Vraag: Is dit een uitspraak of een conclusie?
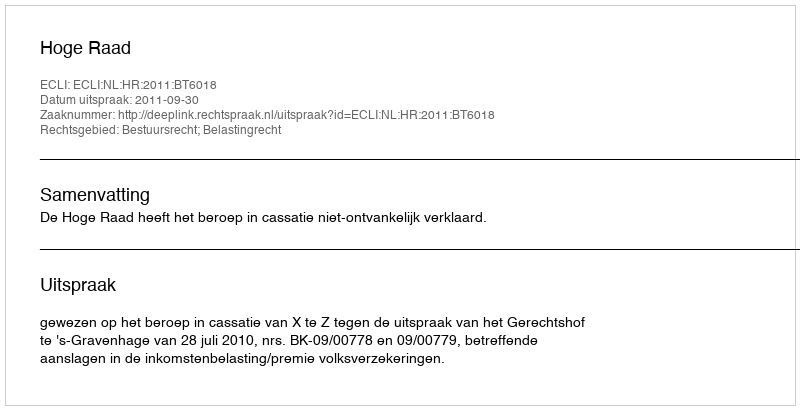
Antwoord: Uitspraak